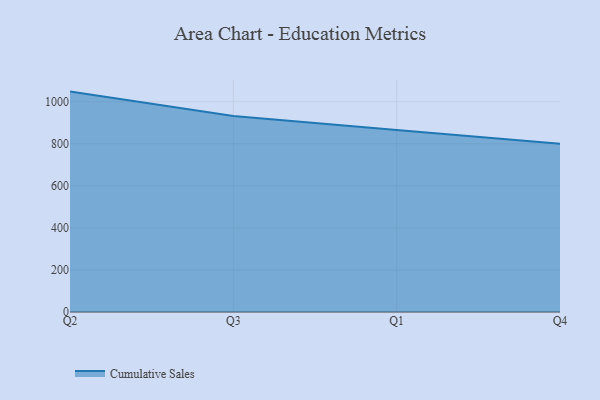
{"axis": {"x": "Quarter", "y": "Conversion Rate (%)"}, "legend": ["Cumulative Sales"], "data": [{"x": "Q2", "y": 1048.0, "type": "Cumulative Sales"}, {"x": "Q3", "y": 931.6, "type": "Cumulative Sales"}, {"x": "Q1", "y": 865.5, "type": "Cumulative Sales"}, {"x": "Q4", "y": 800, "type": "Cumulative Sales"}]}